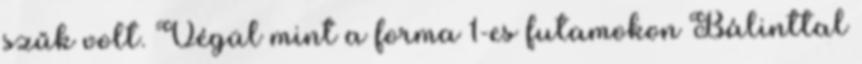
szűk volt. Végül mint a forma 1-es futamokon Bálinttal